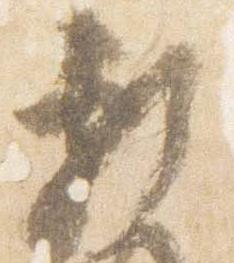
頼